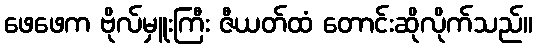
ဖေဖေက ဗိုလ်မှူးကြီး ဇီယတ်ထံ တောင်းဆိုလိုက်သည်။